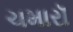
ચમારૉ